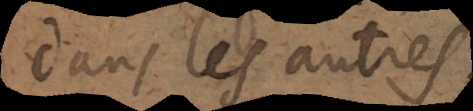
dans les autres.